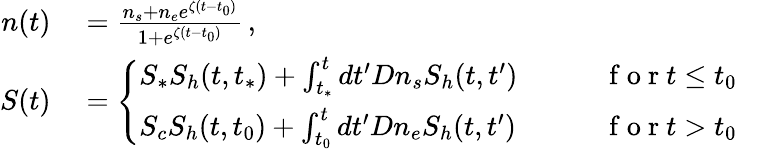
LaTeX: \begin{array}{rlr}{n(t)}&{{}=\frac{n_{s}+n_{e}e^{\zeta(t-t_{0})}}{1+e^{\zeta(t-t_{0})}}\, ,}&{}\\ {S(t)}&{{}=\left\{ \begin{array}{ll}{S_{*}S_{h}(t,t_{*})+\int_{t_{*}}^{t}dt^{\prime}Dn_{s}S_{h}(t,t^{\prime})\qquad}&{\mathrm{~f~o~r~}t\le t_{0}}\\ {S_{c}S_{h}(t,t_{0})+\int_{t_{0}}^{t}dt^{\prime}Dn_{e}S_{h}(t,t^{\prime})\qquad}&{\mathrm{~f~o~r~}t>t_{0}}\end{array}\right.}\end{array}